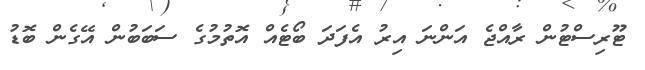
ޓޫރިސްޓުން ރާއްޖެ އަންނަ އިރު އެފަދަ ބޯޓެއް އޮތުމުގެ ސަބަބުން އޭގެން ބޮޑު